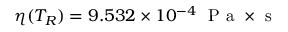
\eta ( T _ { R } ) = 9 . 5 3 2 \times 1 0 ^ { - 4 } \ \textrm { P a } \times \textrm { s }